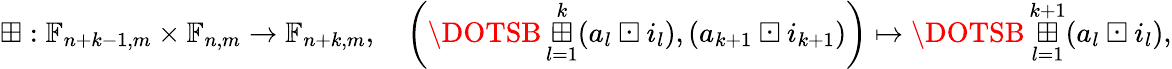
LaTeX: \boxplus:\mathbb{F}_{n+k-1,m}\times\mathbb{F}_{n,m}\to\mathbb{F}_{n+k,m},\quad\left(\DOTSB\mathop{\mathchoice{\boxplus\huge}{\boxplus\LARGE}{\boxplus}{\boxplus\footnotesize}}_{l=1}^{k}(a_{l}\boxdot i_{l}),(a_{k+1}\boxdot i_{k+1})\right)\mapsto\DOTSB\mathop{\mathchoice{\boxplus\huge}{\boxplus\LARGE}{\boxplus}{\boxplus\footnotesize}}_{l=1}^{k+1}(a_{l}\boxdot i_{l}),